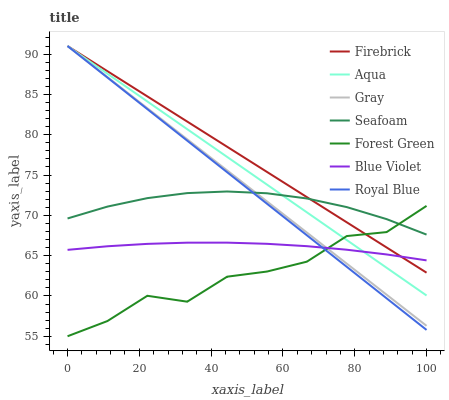
| xaxis_label | Firebrick | Aqua | Gray | Seafoam | Forest Green | Blue Violet | Royal Blue |
 | --- | --- | --- | --- | --- | --- | --- | --- |
 | 0 | 91 | 91 | 91 | 69.6 | 55 | 65.7 | 91 |
 | 11.1 | 87.9 | 87.6 | 87.1 | 71.1 | 56.9 | 66.2 | 87.1 |
 | 22.2 | 84.8 | 84.1 | 83.3 | 72.1 | 60 | 66.5 | 83.2 |
 | 33.3 | 81.6 | 80.7 | 79.4 | 72.8 | 59.3 | 66.6 | 79.3 |
 | 44.4 | 78.5 | 77.2 | 75.6 | 73 | 62.4 | 66.6 | 75.3 |
 | 55.6 | 75.4 | 73.8 | 71.7 | 72.7 | 63 | 66.5 | 71.4 |
 | 66.7 | 72.3 | 70.4 | 67.9 | 72.1 | 64.3 | 66.2 | 67.5 |
 | 77.8 | 69.1 | 66.9 | 64 | 71 | 67.4 | 65.7 | 63.6 |
 | 88.9 | 66 | 63.5 | 60.1 | 69.5 | 67.9 | 65.1 | 59.7 |
 | 100 | 62.9 | 60.1 | 56.3 | 67.6 | 71.2 | 64.4 | 55.8 |